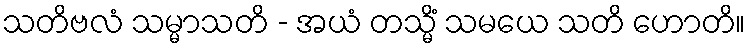
သတိဗလံ သမ္မာသတိ - အယံ တသ္မိံ သမယေ သတိ ဟောတိ။